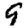
Digit: 9